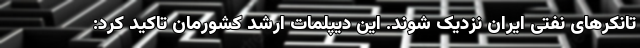
تانکرهای نفتی ایران نزدیک شوند. این دیپلمات ارشد کشورمان تاکید کرد: